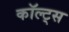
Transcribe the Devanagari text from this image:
कॉल्ट्स